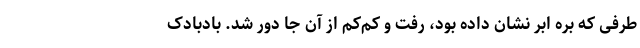
طرفی که بره ابر نشان داده بود، رفت و کم‌کم از آن جا دور شد. بادبادک